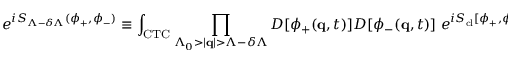
e ^ { i S _ { \Lambda - \delta \Lambda } ( \phi _ { + } , \phi _ { - } ) } \equiv \int _ { \mathrm { C T C } } \prod _ { \Lambda _ { 0 } > | { \bf q } | > \Lambda - \delta \Lambda } { \cal D } [ \phi _ { + } ( { \bf q } , t ) ] { \cal D } [ \phi _ { - } ( { \bf q } , t ) ] \; e ^ { i S _ { \mathrm { c l } } [ \phi _ { + } , \phi _ { - } ] } .